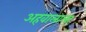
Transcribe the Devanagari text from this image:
अहवालाला